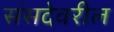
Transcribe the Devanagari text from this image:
संसदेवरील